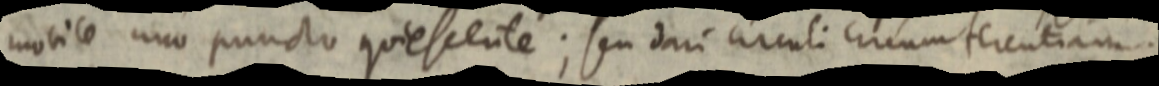
mobile uno puncto quiescente; seu dari circuli circumferentiam.